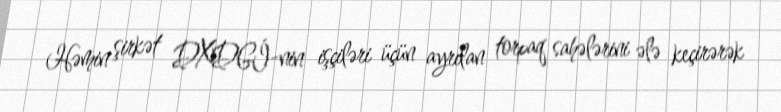
Həmin şirkət DXDGİ-nin işçiləri üçün ayrılan torpaq sahələrini ələ keçirərək